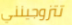
تتزوجينني